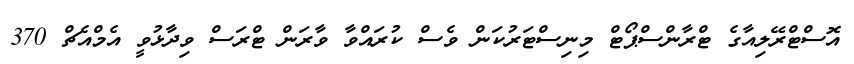
އޮސްޓްރޭލިއާގެ ޓްރާންސްޕޯޓް މިނިސްޓަރުކަން ވެސް ކުރައްވާ ވާރަން ޓްރަސް ވިދާޅުވީ އެމްއެޗް 370